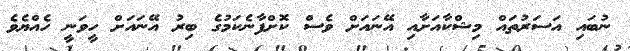
ނުބައި އަސަރުތައް މިޝްކާއަށާއި އޭނައަށް ވެސް ކޮށްފާނެކަމުގެ ބިރު އޭނައަށް ހީވަނީ ހެއްޔެވެ